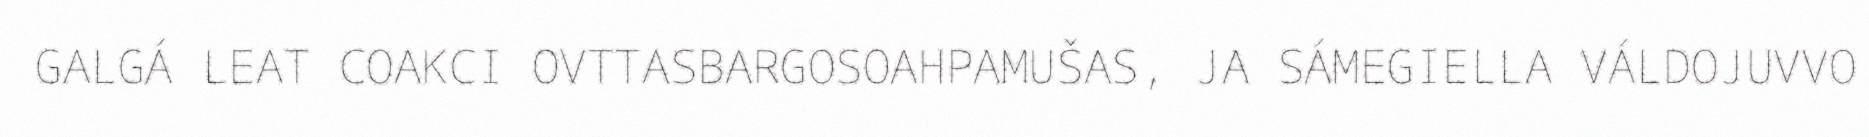
GALGÁ LEAT COAKCI OVTTASBARGOSOAHPAMUŠAS, JA SÁMEGIELLA VÁLDOJUVVO